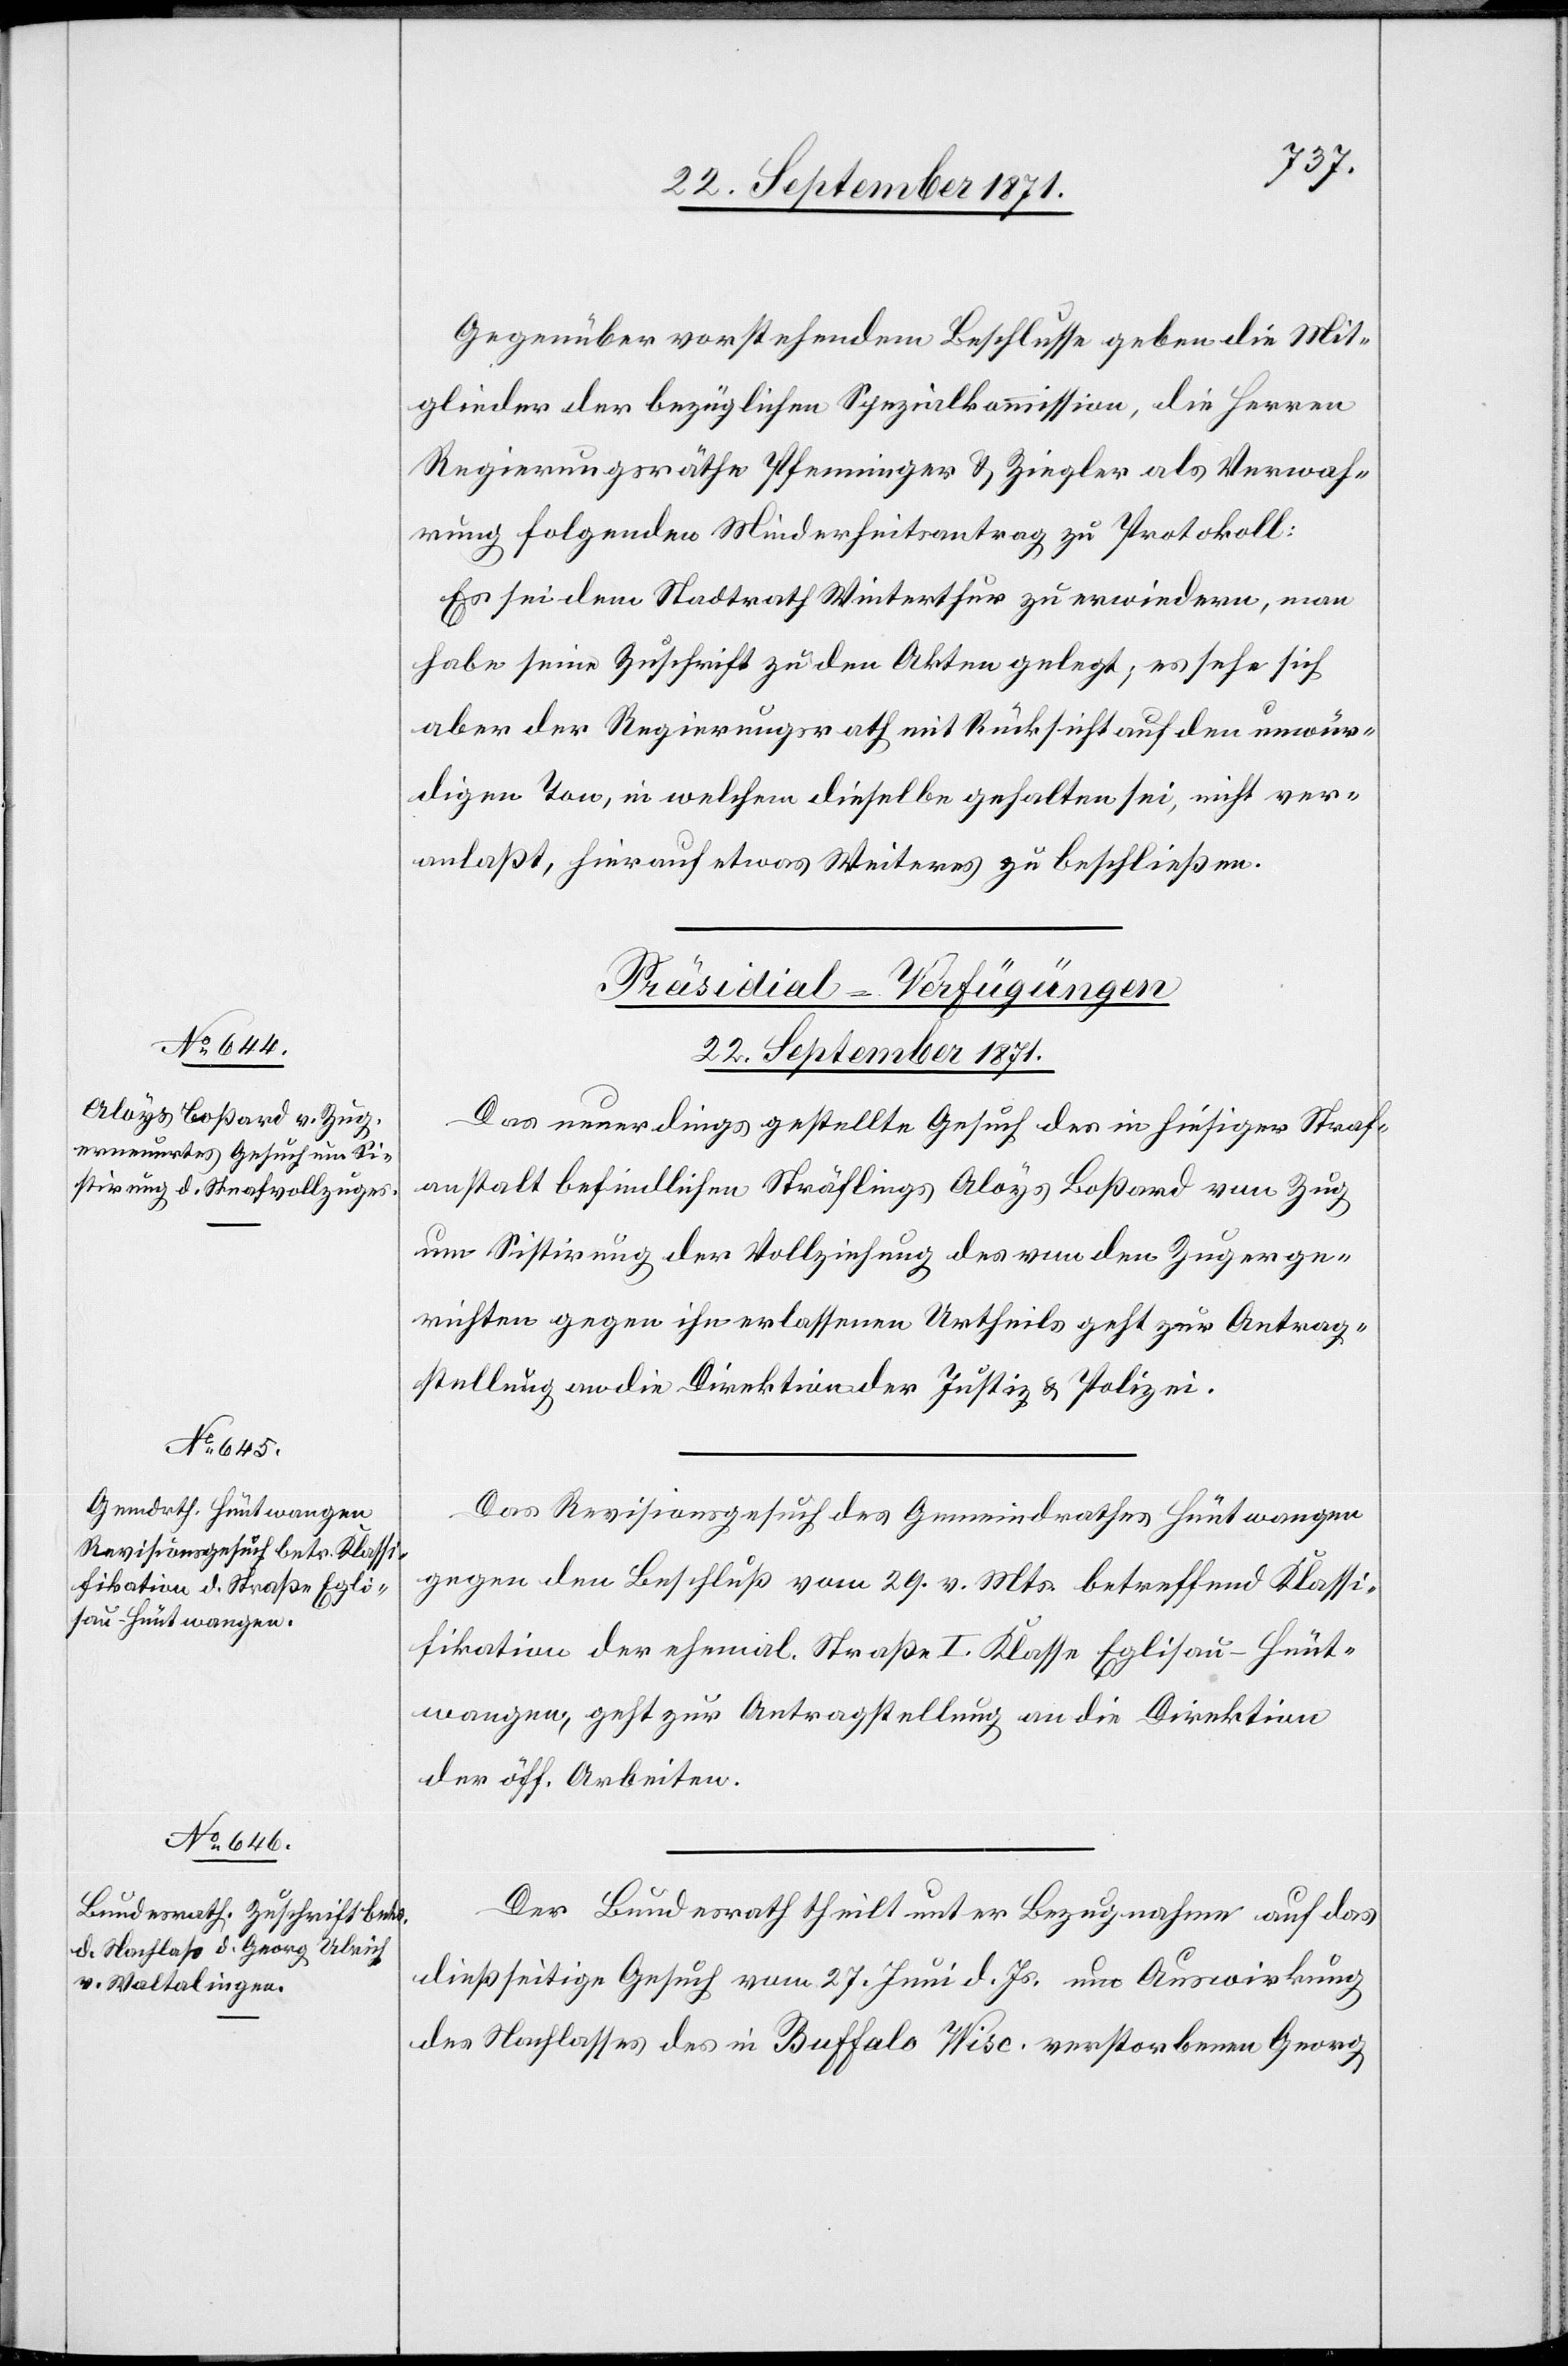
Gegenüber vorstehendem Beschlusse geben die Mit¬
glieder der bezüglichen Spezialkommission, die Herren
Regierungsräthe Pfenniger & Ziegler als Verwah¬
rung folgenden Minderheitsantrag zu Protokoll:
Es sei dem Stadtrath Winterthur zu erwiedern, man
habe seine Zuschrift zu den Akten gelegt, es sehe sich
aber der Regierungsrath mit Rücksicht auf den unwür¬
digen Ton, in welchem dieselbe gehalten sei, nicht ver¬
anlaßt, hierauf etwas Weiteres zu beschließen.
[Präsidial-Verfügungen.
22. September 1871.]
Das neuerdings gestellte Gesuch des in hiesiger Straf¬
anstalt befindlichen Sträflings Aloys Boßhard von Zug
um Sistirung der Vollziehung des von den Zugerge¬
richten gegen ihn erlassenen Urtheils geht zur Antrag¬
stellung an die Direktion der Justiz & Polizei.
Das Revisionsgesuch des Gemeindrathes Hüntwangen
gegen den Beschluß vom 29. v. Mts. betreffend Klassi¬
fikation der ehemal. Straße I. Klasse Eglisau–Hünt¬
wangen, geht zur Antragstellung an die Direktion
der öff. Arbeiten.
Der Bundesrath theilt unter Bezugnahme auf das
dießseitige Gesuch vom 27. Juni d. Js. um Auswirkung
des Nachlasses des in Buffalo Wisc. verstorbenen Georg